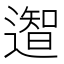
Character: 𮟎